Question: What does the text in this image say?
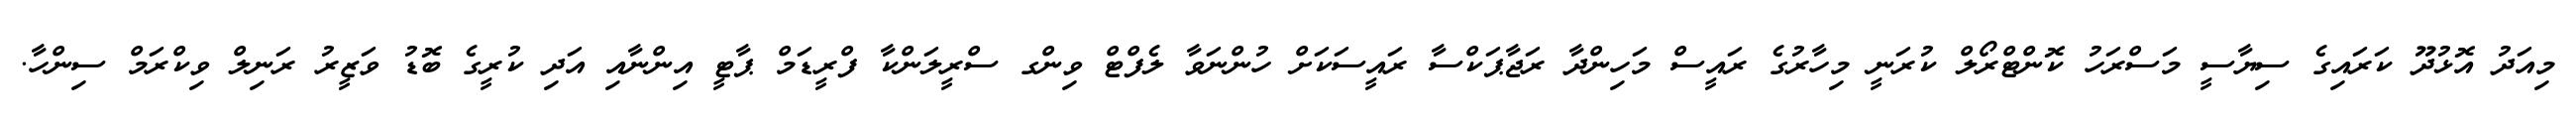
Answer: މިއަދު އޮޅުދޫ ކަރައިގެ ސިޔާސީ މަސްރަހު ކޮންޓްރޯލް ކުރަނީ މިހާރުގެ ރައީސް މަހިންދާ ރަޖާޕަކްސާ ރައީސަކަށް ހުންނަވާ ލެފްޓް ވިންގ ސްރީލަންކާ ފްރީޑަމް ޕާޓީ އިންނާއި އަދި ކުރީގެ ބޮޑު ވަޒީރު ރަނިލް ވިކްރަމް ސިންހާ.